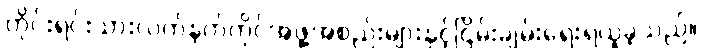
တိုင်းရင်းသားလက်နက်ကိုင်အဖွဲ့အစည်းများနှင့်ငြိမ်းချမ်းရေးရယူခဲ့သည်။